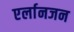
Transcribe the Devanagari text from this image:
एर्लानजन